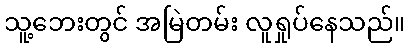
သူ့ဘေးတွင် အမြဲတမ်း လူရှုပ်နေသည်။